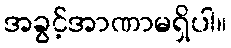
အခွင့်အာဏာမရှိပါ။